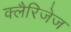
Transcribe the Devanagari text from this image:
क्लैरिजेज